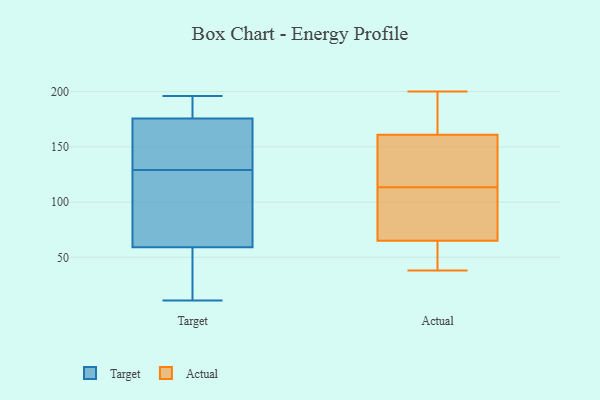
{"axis": {"x": "Conversion Rate (%)", "y": "Value"}, "legend": ["Actual", "Target"], "data": [{"x": "", "y": 154, "type": "Target"}, {"x": "", "y": 172, "type": "Target"}, {"x": "", "y": 38, "type": "Target"}, {"x": "", "y": 28, "type": "Target"}, {"x": "", "y": 192, "type": "Target"}, {"x": "", "y": 187, "type": "Target"}, {"x": "", "y": 196, "type": "Target"}, {"x": "", "y": 129, "type": "Target"}, {"x": "", "y": 97, "type": "Target"}, {"x": "", "y": 134, "type": "Target"}, {"x": "", "y": 11, "type": "Target"}, {"x": "", "y": 118, "type": "Target"}, {"x": "", "y": 66, "type": "Target"}, {"x": "", "y": 80, "type": "Actual"}, {"x": "", "y": 91, "type": "Actual"}, {"x": "", "y": 117, "type": "Actual"}, {"x": "", "y": 182, "type": "Actual"}, {"x": "", "y": 87, "type": "Actual"}, {"x": "", "y": 65, "type": "Actual"}, {"x": "", "y": 158, "type": "Actual"}, {"x": "", "y": 110, "type": "Actual"}, {"x": "", "y": 164, "type": "Actual"}, {"x": "", "y": 42, "type": "Actual"}, {"x": "", "y": 127, "type": "Actual"}, {"x": "", "y": 188, "type": "Actual"}, {"x": "", "y": 200, "type": "Actual"}, {"x": "", "y": 38, "type": "Actual"}, {"x": "", "y": 161, "type": "Actual"}, {"x": "", "y": 65, "type": "Actual"}, {"x": "", "y": 55, "type": "Actual"}, {"x": "", "y": 122, "type": "Actual"}]}